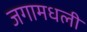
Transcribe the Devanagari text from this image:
जगामधली